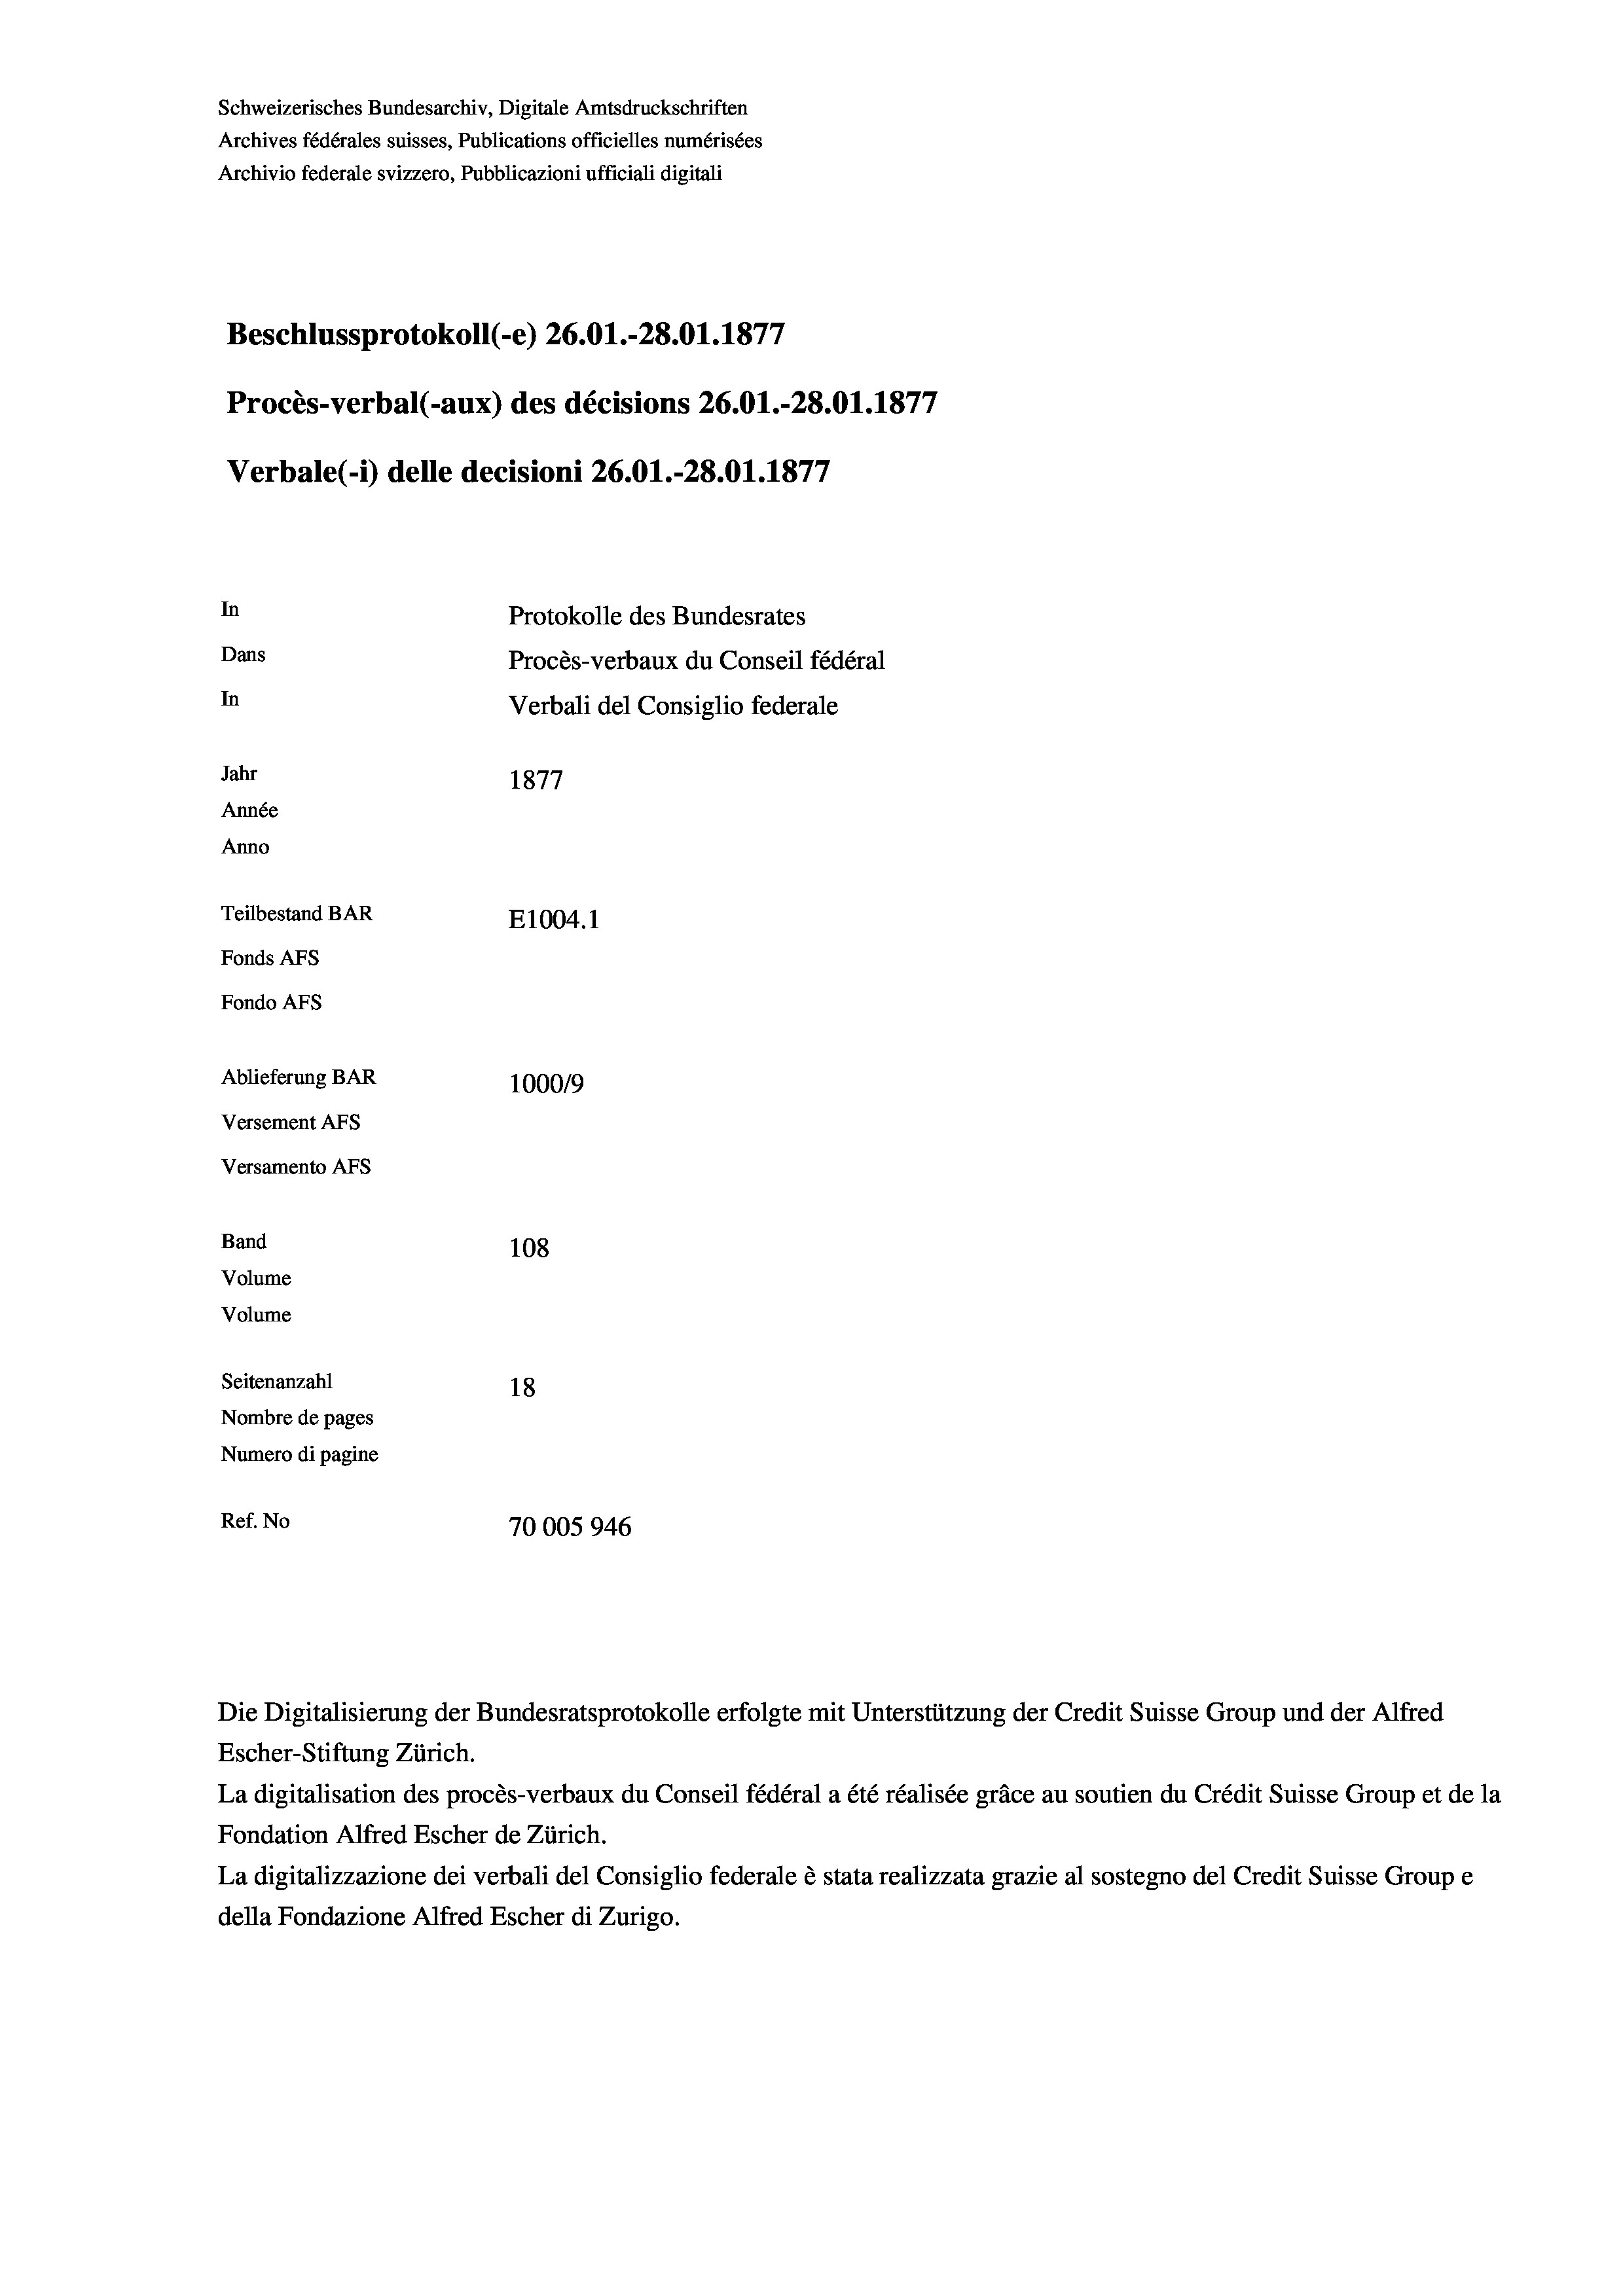
Schweizerisches Bundesarchiv, Digitale Amtsdruckschriften
Archives fédérales suisses, Publications officielles numérisées
Archivio federale svizzero, Pubblicazioni ufficiali digitali
Beschlussprotokoll (-e) 26.01.-28.01. 1877
Procès-verbal (-aux) des décisions 26.01.-28.01. 1877
Verbale(*) delle decisioni 26.01.-28.01. 1877
In
Protokolle des Bundesrates
Dans
Procès-verbaux du Conseil fédéral
In
Verbali del Consiglio federale
Jahr
1877
Année
Anno
Teilbestand BAR
E1004.1
Fonds AFs
Fondo AFS
Ablieferung BAR
100019
Versement AFs
Versamento Afs
Band
108
Volume
Volume

Seitenanzahl
18
Nombre de pages
Numero di pagine
Ref. No
70005946

Escher-Stiftung Zürich.
La digitalisation des procès-verbaux du Conseil fédéral a été réalisée gräce au soutien du Crédit Suisse Group et de la
Fondation Alfred Escher de Zürich.
La digitalizzazione dei verbali del Consiglio federale è stata realizzata grazie al sostegno del Credit Suisse Groupe
della Fondazione Alfred Escher di Zurigo.

Die Digitalisierung der Bundesratsprotokolle erfolgte mit Unterstützung der Credit Suisse Group und der Alfred